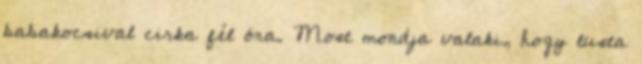
babakocsival cirka fél óra. Most mondja valaki, hogy lusta